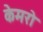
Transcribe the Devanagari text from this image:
केमरो